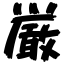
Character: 厳